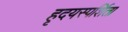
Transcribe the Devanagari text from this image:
हृदयस्पर्शिता